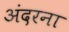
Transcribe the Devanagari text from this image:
अंदरना